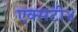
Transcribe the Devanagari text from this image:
एक्सटी४